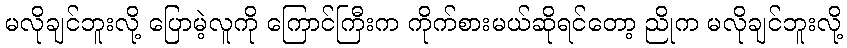
မလိုချင်ဘူးလို့ ပြောမဲ့လူကို ကြောင်ကြီးက ကိုက်စားမယ်ဆိုရင်တော့ ညိုက မလိုချင်ဘူးလို့